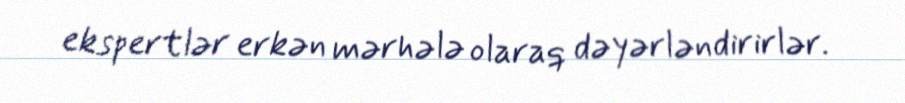
ekspertlər erkən mərhələ olaraq dəyərləndirirlər.